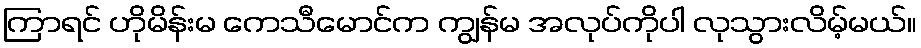
ကြာရင် ဟိုမိန်းမ ကေသီမောင်က ကျွန်မ အလုပ်ကိုပါ လုသွားလိမ့်မယ်။